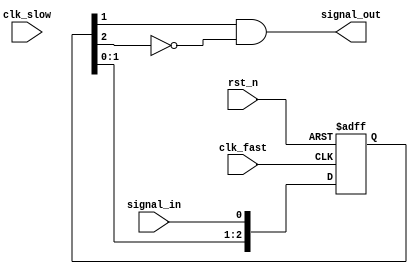
module SyncClk_SlowToFast_clap(

    input wire clk_slow,//
    input wire clk_fast,//
    input wire rst_n,   //
    input wire signal_in, //

    output wire signal_out


    ); //

reg [2:0]    sig_r;   //3

always @(posedge clk_fast or negedge rst_n) begin
    if (!rst_n)
         sig_r  <= 3'b0 ;
    else      
        sig_r  <= {sig_r[1:0], signal_in} ;  //
end

assign signal_out = sig_r[1] && !sig_r[2] ; //

endmodule